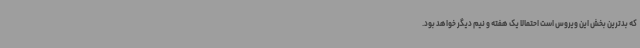
که بدترین بخش این ویروس است احتمالا یک هفته و نیم دیگر خواهد بود.